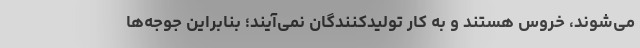
می‌شوند، خروس هستند و به کار تولیدکنندگان نمی‌آیند؛ بنابراین جوجه‌ها